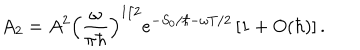
{ A _ { 2 } } = { A ^ { 2 } } { { \left( { \frac { \omega } { \pi \hbar } } \right) } ^ { 1 / 2 } } { e ^ { - { S _ { 0 } } / \hbar - \omega T / 2 } } \left[ 1 + O ( \hbar ) \right] .